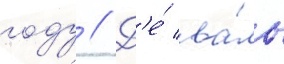
году // Д'е́ ва́ль